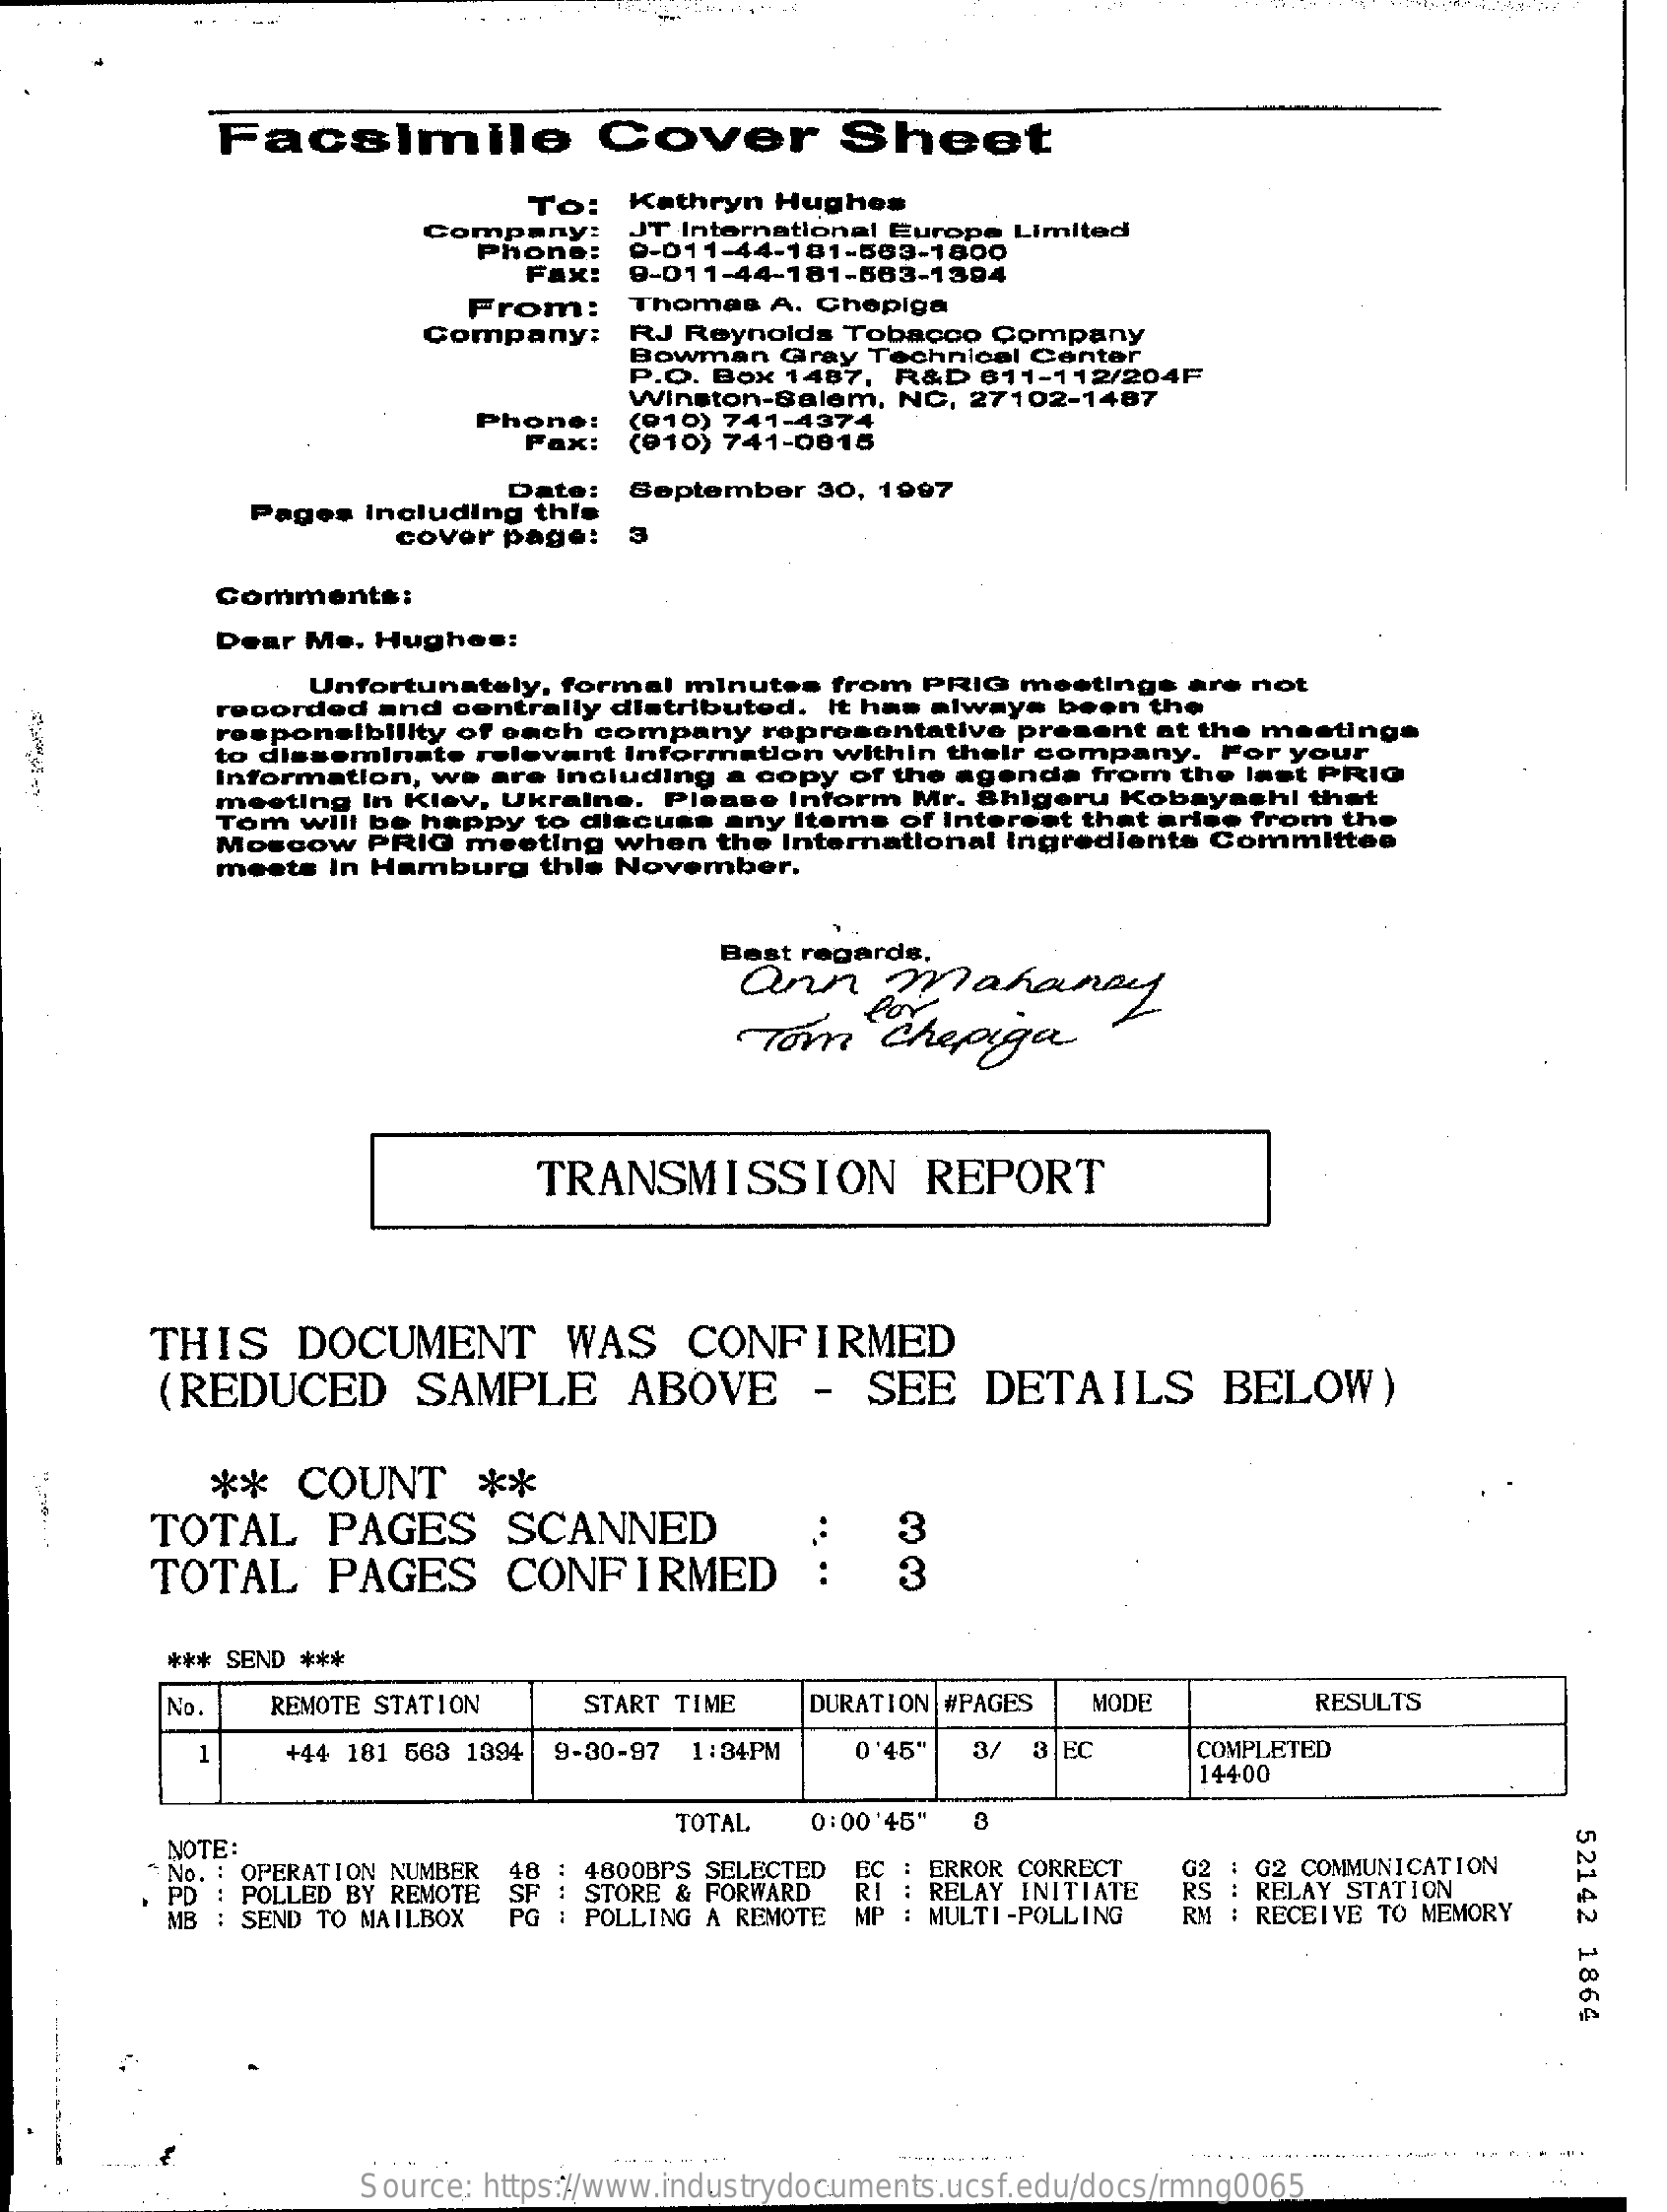
Facsimile    Cover    Sheet
     To:  Kathryn Hughes
     Company:
     Phone:
     JT International Europe Limited
     9-011-44-181-563-1800
     Fax: 9-011-44-181-563-1394
     From:   Thomas A. Chepiga
     Company:  RJ Reynolds Tobacco Company
     Bowman Gray Technical Center
     P.O. Box 1487, R&D 811-112/204F
     Phone:
     Winston-Salem, NC, 27102-1487
     Fax:
     (010) 741-4374
     (010) 741-0815
     Date:
     Pages Including this
     September 30, 1997
     cover page! 3
     Comments:
     Dear Me. Hughes:
     Unfortunately, formal minutes from PRIG meetings are not
     recorded and centrally distributed. It has always been the
     responsibility of each company representative present at the meetings
     to disseminate relevant Information within their company. For your
     Information, we are including a copy of the agenda from the last PRIG
     meeting In Klev, Ukraine. Please Inform Mr. Shigeru Kobayashi thet
     Tom will be happy to discuss any Items of Interest that arise from the
     Moscow PRIG meeting when the International Ingrediente Committee
     meets In Hamburg thie November.
     Best regards.
     Qun    Mahanay
     Tom    Chepiga
     for
     TRANSMISSION    REPORT
     THIS  DOCUMENT    WAS   CONFIRMED
     (REDUCED    SAMPLE    ABOVE    -  SEE   DETAILS    BELOW)
     ** COUNT    **
     TOTAL   PAGES    SCANNED    3
     TOTAL   PAGES    CONFIRMED    3
     *** SEND ***
     No.   REMOTE STATION START TIME DURATION #PAGES MODE    RESULTS
     1   +44 181 563 1394 9-30-97 1:34PM 0'45" 3/ 3.EC COMPLETED
     14400
     TOTAL
     NOTE
     0:00'45"
     52142
     1864
     No. : OPERATION NUMBER
     POLLED BY REMOTE
     48 : 4800BPS SELECTED
     PD    SF : STORE & FORWARD RI
     EC : ERROR CORRECT
     RELAY INITIATE
     : G2 COMMUNICATION
     RS : RELAY STATION
     MB  SEND TO MAILBOX PG : POLLING A REMOTE MP MULTI -POLLING RM : RECEIVE TO MEMORY
     Source: https://www.industrydocuments.ucsf.edu/docs/rmng0065